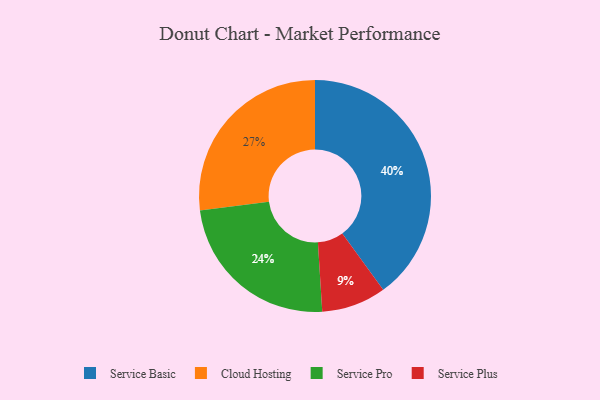
{"axis": {"x": "Category", "y": "Percentage"}, "legend": ["Cloud Hosting", "Service Basic", "Service Plus", "Service Pro"], "data": [{"x": "Service Pro", "y": 24, "type": "Service Pro"}, {"x": "Cloud Hosting", "y": 27, "type": "Cloud Hosting"}, {"x": "Service Basic", "y": 40, "type": "Service Basic"}, {"x": "Service Plus", "y": 9, "type": "Service Plus"}]}